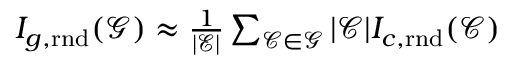
\begin{array} { r } { I _ { g , \mathrm { r n d } } ( \mathcal { G } ) \approx \frac { 1 } { \left| \mathcal { E } \right| } \sum _ { \mathcal { C } \in \mathcal { G } } | \mathcal { C } | I _ { c , \mathrm { r n d } } ( \mathcal { C } ) } \end{array}